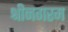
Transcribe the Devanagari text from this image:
श्रीनगरम